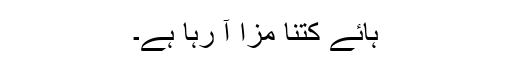
ہائے کتنا مزا آ رہا ہے۔